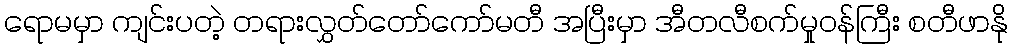
ရောမမှာ ကျင်းပတဲ့ တရားလွှတ်တော်ကော်မတီ အပြီးမှာ အီတလီစက်မှုဝန်ကြီး စတီဖာနို